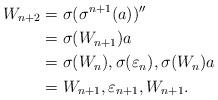
LaTeX: \begin{align*}W_{n+2}&= \sigma(\sigma^{n+1}(a))''\\&=\sigma(W_{n+1})a\\&=\sigma(W_n),\sigma(\varepsilon_n),\sigma(W_n)a\\&=W_{n+1},\varepsilon_{n+1},W_{n+1}.\end{align*}